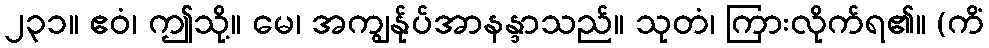
၂၃၁။ ဧဝံ၊ ဤသို့။ မေ၊ အကျွန်ုပ်အာနန္ဒာသည်။ သုတံ၊ ကြားလိုက်ရ၏။ (ကိံ